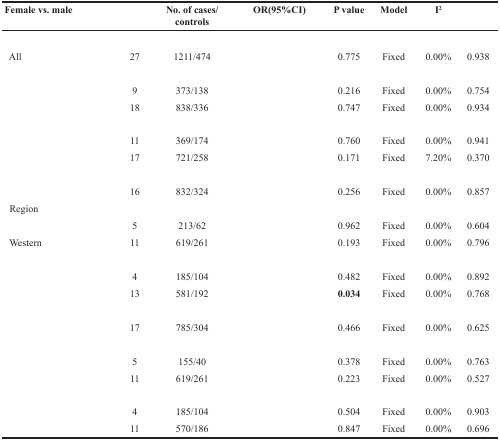
<table><thead><tr><td><b>Female vs. male</b></td><td>[EMPTY_CELL]</td><td><b>No. of cases/controls</b></td><td><b>OR(95%CI)</b></td><td><b>P value</b></td><td><b>Model</b></td><td><b>I2</b></td><td>[EMPTY_CELL]</td></tr></thead><tbody><tr><td>[EMPTY_CELL]</td><td>[EMPTY_CELL]</td><td>[EMPTY_CELL]</td><td>[EMPTY_CELL]</td><td>[EMPTY_CELL]</td><td>[EMPTY_CELL]</td><td>[EMPTY_CELL]</td><td>[EMPTY_CELL]</td></tr><tr><td>All</td><td>27</td><td>1211/474</td><td>[EMPTY_CELL]</td><td>0.775</td><td>Fixed</td><td>0.00%</td><td>0.938</td></tr><tr><td>[EMPTY_CELL]</td><td>[EMPTY_CELL]</td><td>[EMPTY_CELL]</td><td>[EMPTY_CELL]</td><td>[EMPTY_CELL]</td><td>[EMPTY_CELL]</td><td>[EMPTY_CELL]</td><td>[EMPTY_CELL]</td></tr><tr><td>[EMPTY_CELL]</td><td>9</td><td>373/138</td><td>[EMPTY_CELL]</td><td>0.216</td><td>Fixed</td><td>0.00%</td><td>0.754</td></tr><tr><td>[EMPTY_CELL]</td><td>18</td><td>838/336</td><td>[EMPTY_CELL]</td><td>0.747</td><td>Fixed</td><td>0.00%</td><td>0.934</td></tr><tr><td>[EMPTY_CELL]</td><td>[EMPTY_CELL]</td><td>[EMPTY_CELL]</td><td>[EMPTY_CELL]</td><td>[EMPTY_CELL]</td><td>[EMPTY_CELL]</td><td>[EMPTY_CELL]</td><td>[EMPTY_CELL]</td></tr><tr><td>[EMPTY_CELL]</td><td>11</td><td>369/174</td><td>[EMPTY_CELL]</td><td>0.760</td><td>Fixed</td><td>0.00%</td><td>0.941</td></tr><tr><td>[EMPTY_CELL]</td><td>17</td><td>721/258</td><td>[EMPTY_CELL]</td><td>0.171</td><td>Fixed</td><td>7.20%</td><td>0.370</td></tr><tr><td>[EMPTY_CELL]</td><td>[EMPTY_CELL]</td><td>[EMPTY_CELL]</td><td>[EMPTY_CELL]</td><td>[EMPTY_CELL]</td><td>[EMPTY_CELL]</td><td>[EMPTY_CELL]</td><td>[EMPTY_CELL]</td></tr><tr><td>[EMPTY_CELL]</td><td>16</td><td>832/324</td><td>[EMPTY_CELL]</td><td>0.256</td><td>Fixed</td><td>0.00%</td><td>0.857</td></tr><tr><td>Region</td><td>[EMPTY_CELL]</td><td>[EMPTY_CELL]</td><td>[EMPTY_CELL]</td><td>[EMPTY_CELL]</td><td>[EMPTY_CELL]</td><td>[EMPTY_CELL]</td><td>[EMPTY_CELL]</td></tr><tr><td>[EMPTY_CELL]</td><td>5</td><td>213/62</td><td>[EMPTY_CELL]</td><td>0.962</td><td>Fixed</td><td>0.00%</td><td>0.604</td></tr><tr><td>Western</td><td>11</td><td>619/261</td><td>[EMPTY_CELL]</td><td>0.193</td><td>Fixed</td><td>0.00%</td><td>0.796</td></tr><tr><td>[EMPTY_CELL]</td><td>[EMPTY_CELL]</td><td>[EMPTY_CELL]</td><td>[EMPTY_CELL]</td><td>[EMPTY_CELL]</td><td>[EMPTY_CELL]</td><td>[EMPTY_CELL]</td><td>[EMPTY_CELL]</td></tr><tr><td>[EMPTY_CELL]</td><td>4</td><td>185/104</td><td>[EMPTY_CELL]</td><td>0.482</td><td>Fixed</td><td>0.00%</td><td>0.892</td></tr><tr><td>[EMPTY_CELL]</td><td>13</td><td>581/192</td><td>[EMPTY_CELL]</td><td><b>0.034</b></td><td>Fixed</td><td>0.00%</td><td>0.768</td></tr><tr><td>[EMPTY_CELL]</td><td>[EMPTY_CELL]</td><td>[EMPTY_CELL]</td><td>[EMPTY_CELL]</td><td>[EMPTY_CELL]</td><td>[EMPTY_CELL]</td><td>[EMPTY_CELL]</td><td>[EMPTY_CELL]</td></tr><tr><td>[EMPTY_CELL]</td><td>17</td><td>785/304</td><td>[EMPTY_CELL]</td><td>0.466</td><td>Fixed</td><td>0.00%</td><td>0.625</td></tr><tr><td>[EMPTY_CELL]</td><td>[EMPTY_CELL]</td><td>[EMPTY_CELL]</td><td>[EMPTY_CELL]</td><td>[EMPTY_CELL]</td><td>[EMPTY_CELL]</td><td>[EMPTY_CELL]</td><td>[EMPTY_CELL]</td></tr><tr><td>[EMPTY_CELL]</td><td>5</td><td>155/40</td><td>[EMPTY_CELL]</td><td>0.378</td><td>Fixed</td><td>0.00%</td><td>0.763</td></tr><tr><td>[EMPTY_CELL]</td><td>11</td><td>619/261</td><td>[EMPTY_CELL]</td><td>0.223</td><td>Fixed</td><td>0.00%</td><td>0.527</td></tr><tr><td>[EMPTY_CELL]</td><td>[EMPTY_CELL]</td><td>[EMPTY_CELL]</td><td>[EMPTY_CELL]</td><td>[EMPTY_CELL]</td><td>[EMPTY_CELL]</td><td>[EMPTY_CELL]</td><td>[EMPTY_CELL]</td></tr><tr><td>[EMPTY_CELL]</td><td>4</td><td>185/104</td><td>[EMPTY_CELL]</td><td>0.504</td><td>Fixed</td><td>0.00%</td><td>0.903</td></tr><tr><td>[EMPTY_CELL]</td><td>11</td><td>570/186</td><td>[EMPTY_CELL]</td><td>0.847</td><td>Fixed</td><td>0.00%</td><td>0.696</td></tr></tbody></table>